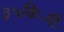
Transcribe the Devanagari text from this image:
३५कि॰मी॰